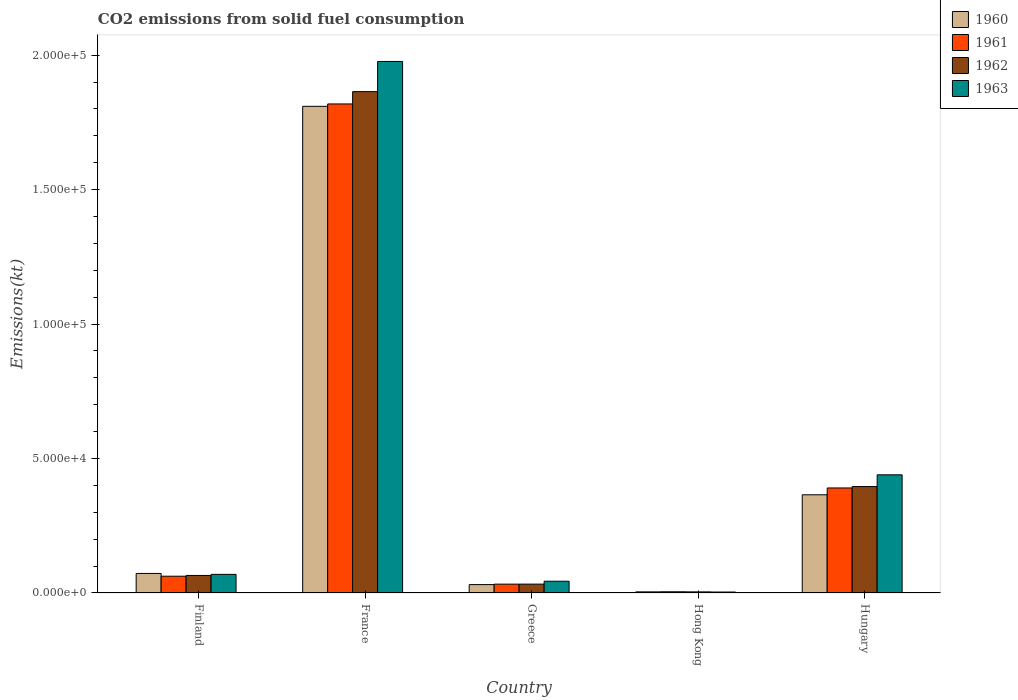
| Country | 1960 | 1961 | 1962 | 1963 |
 | --- | --- | --- | --- | --- |
 | Finland | 7.27e+03 | 6.24e+03 | 6.52e+03 | 6.93e+03 |
 | France | 1.81e+05 | 1.82e+05 | 1.86e+05 | 1.98e+05 |
 | Greece | 3.12e+03 | 3.29e+03 | 3.3e+03 | 4.37e+03 |
 | Hong Kong | 418 | 451 | 411 | 359 |
 | Hungary | 3.65e+04 | 3.91e+04 | 3.96e+04 | 4.39e+04 |